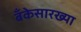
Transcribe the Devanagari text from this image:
बँकेसारख्या